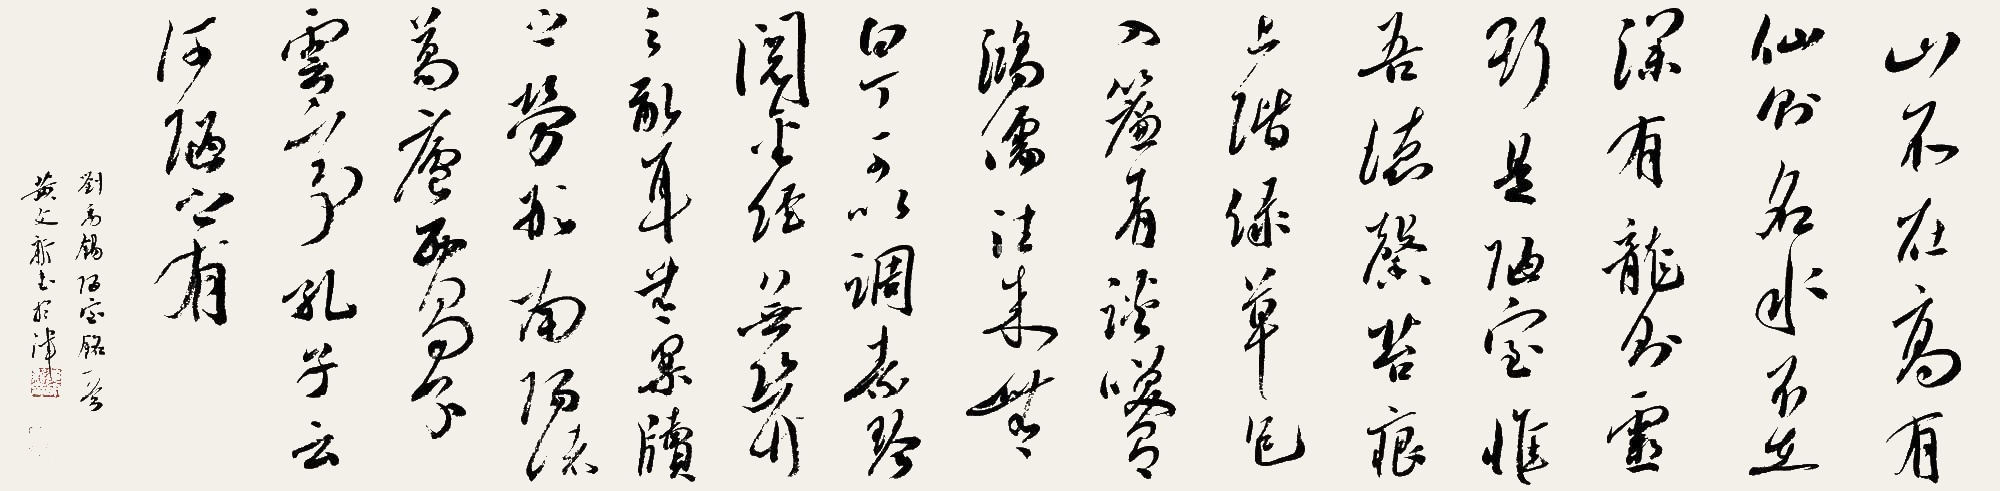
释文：山不在高，有仙则名。水不在深，有龙则灵。斯是陋室，惟吾德馨。苔痕上阶绿，草色入帘青。谈笑有鸿儒，往来无白丁。可以调素琴，阅金经。无丝竹之乱耳，无案牍之劳形。南阳诸葛庐，西蜀子云亭。孔子云：何陋之有？刘禹锡陋室铭一首，黄文新书于津。